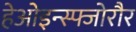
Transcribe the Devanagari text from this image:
हेओइन्स्फ्जोरौर